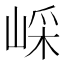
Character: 𡸯